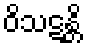
ဝိသဋန္တိ